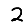
Digit: 2